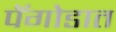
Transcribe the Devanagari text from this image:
पॅगोडात